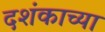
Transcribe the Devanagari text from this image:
दशंकाच्या